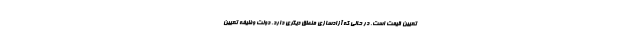
تعیین قیمت است. در حالی که آزادسازی منطق دیگری دارد. دولت وظیفه تعیین